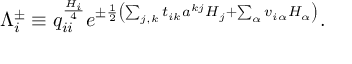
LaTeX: \Lambda _ { i } ^ { \pm } \equiv q _ { i i } ^ { \frac { H _ { i } } { 4 } } e ^ { \pm { \frac { 1 } { 2 } } \left( \sum _ { j , k } t _ { i k } a ^ { k j } H _ { j } + \sum _ { \alpha } v _ { i \alpha } H _ { \alpha } \right) } .